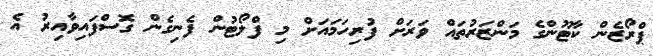
ޕްރޯޒެން ކާޓޫންގެ މަންޒަރުތައް ވަރަށް ފުރިހަމައަށް މި ފްލޯޓުން ފެނިގެން ގޮސްފައިވާއިރު އެ